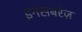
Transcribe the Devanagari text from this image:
इनसबरेज़